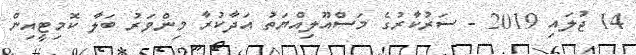
14 ޖުލައި 2019 - ސަރުކާރުގެ މަސްއޫލިއްޔަތު އަދާކުރާ މިންވަރު ބަލާ ކޮމިޓީއިން